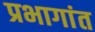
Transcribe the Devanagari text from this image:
प्रभागांत